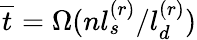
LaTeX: \overline{{t}}=\Omega(nl_{s}^{(r)}/l_{d}^{(r)})